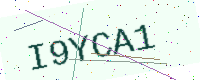
Text: I9YCA1